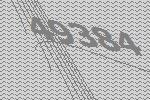
49384